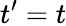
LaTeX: t^{\prime}=t